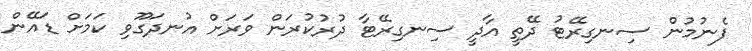
ފެނުމުން ސިނގިރޭޓު ދޭތީ އާދީ ސިނގިރޭޓާ ދުރުކުރަން ވަރަށް އުނދަގޫވި ކަމަށް ޑައޭން